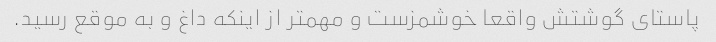
پاستای گوشتش واقعا خوشمزست و مهمتر از اینکه داغ و به موقع رسید.